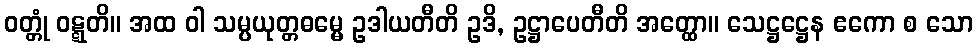
ဝတ္တုံ ဝဋ္ဋတိ။ အထ ဝါ သမ္ပယုတ္တဓမ္မေ ဥဒါယတီတိ ဥဒိ, ဥဋ္ဌာပေတီတိ အတ္ထော။ သေဋ္ဌဋ္ဌေန ဧကော စ သော